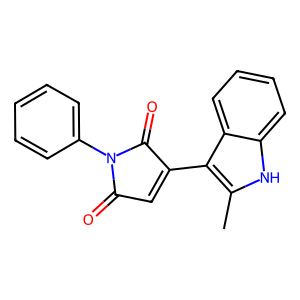
SMILES: Cc1[nH]c2ccccc2c1C1=CC(=O)N(c2ccccc2)C1=O
Inhibits HIV replication: No